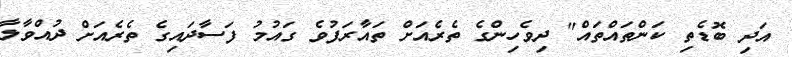
އަދި ބޮޑެތި ކަންތައްތައް" ދިވެހިންގެ ތެރެއަށް ތައާރަފުވެ ގައުމު ފަސާދައިގެ ތެރެއަށް ދުއްވާލާ